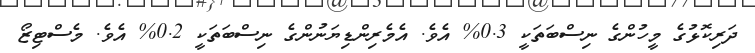
ދަރިކޮޅުގެ މީހުންގެ ނިސްބަތަކީ 0.3% އެވެ. އެމެރިންޑިޔަނުންގެ ނިސްބަތަކީ 0.2% އެވެ. މެސްޓިޒޯ